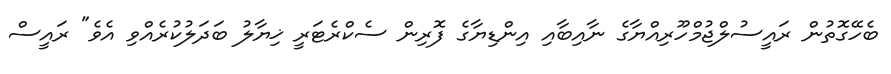
ބެހޭގޮތުން ރައީސުލްޖުމްހޫރިއްޔާގެ ނާއިބާއި އިންޑިޔާގެ ފޮރިން ސެކްރެޓަރީ ޚިޔާލު ބަދަލުކުރެއްވި އެވެ" ރައީސް